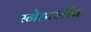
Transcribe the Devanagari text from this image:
स्नेहाशीष